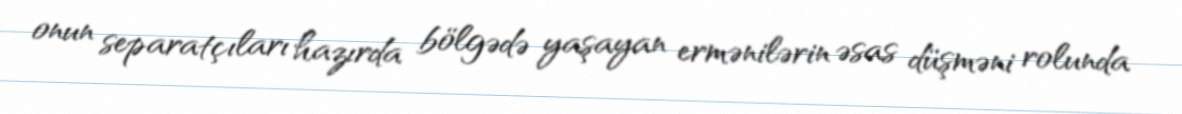
onun separatçıları hazırda bölgədə yaşayan ermənilərin əsas düşməni rolunda